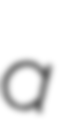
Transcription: a